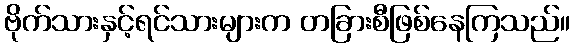
ဗိုက်သားနှင့်ရင်သားများက တခြားစီဖြစ်နေကြသည်။